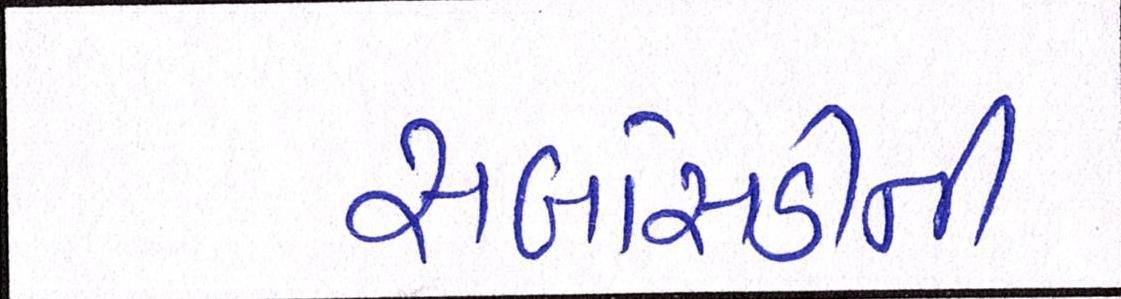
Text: સબસિડીની